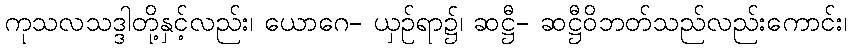
ကုသလသဒ္ဒါတို့နှင့်လည်း၊ ယောဂေ- ယှဉ်ရာ၌၊ ဆဋ္ဌီ- ဆဋ္ဌီဝိဘတ်သည်လည်းကောင်း၊